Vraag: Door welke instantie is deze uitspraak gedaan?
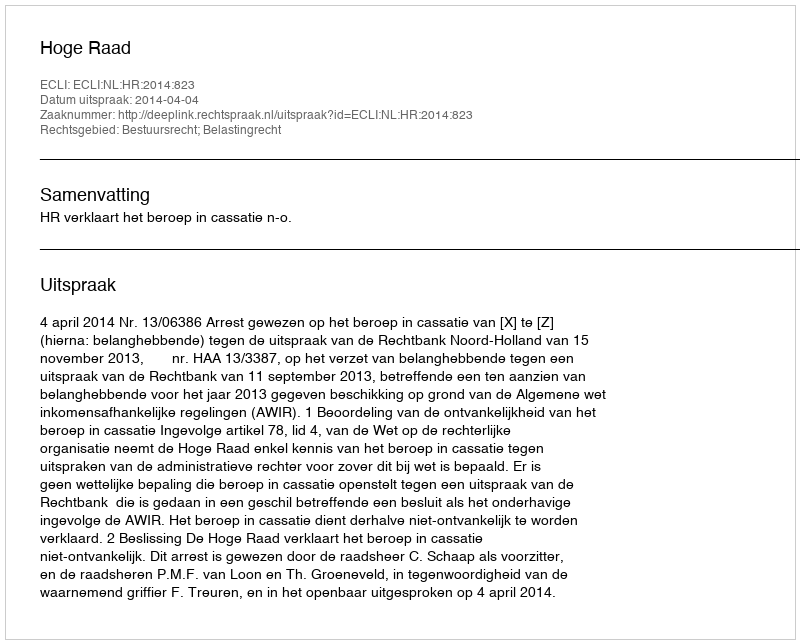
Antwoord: Hoge Raad